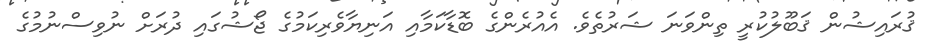
ޤުރައިޝުން ޤަބޫލުކުރީ ތިންވަނަ ޝަރުތެވެ. އެއުރެންގެ ބޮޑާކަމާއި އަނިޔާވެރިކަމުގެ ޖޯޝުގައި ދުރަށް ނުވިސްނުމުގެ